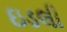
ઇડલી